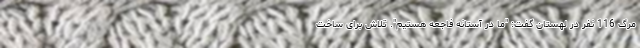
مرگ 116 نفر در لهستان گفت: "ما در آستانه فاجعه هستیم". تلاش برای ساخت